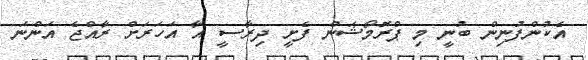
އެކުންފުނިން ބުނީ މި ޕްރޮމޯޝަން ފެށީ ދިރާސީ އާ އަހަރަށް ރާއްޖެ އަންނަ